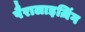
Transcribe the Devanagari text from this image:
पैरालाइज़िंग